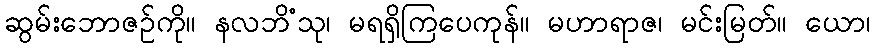
ဆွမ်းဘောဇဉ်ကို။ နလဘိံသု၊ မရရှိကြပေကုန်။ မဟာရာဇ၊ မင်းမြတ်။ ယော၊